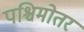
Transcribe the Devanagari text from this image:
पश्चिमोतर